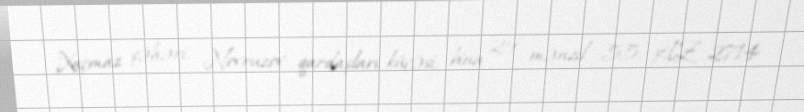
Xaçmaz şəhəri, Novruzov qardaşları küçəsi, bina 29, mənzil 55, AZ 2714